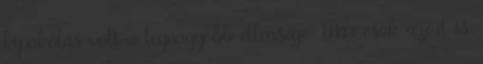
kipakolás volt a legnagyobb ellensége. Már csak azért is